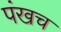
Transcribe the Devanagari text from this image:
पंखच